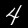
Label: 4